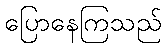
ပြောနေကြသည်